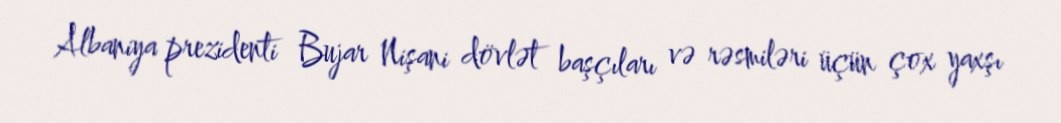
Albaniya prezidenti Bujar Nişani dövlət başçıları və rəsmiləri üçün çox yaxşı